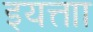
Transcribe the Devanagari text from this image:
इयत्ताा